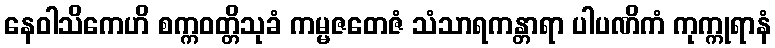
နေဝါသိကေဟိ စက္ကဝတ္တိသုခံ ကမ္မဇတေဇံ သံသာရကန္တာရာ ပါပဏိကံ ကုက္ကုရာနံ